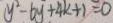
y ^ { 2 } - 6 y + 4 k + 1 = 0